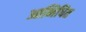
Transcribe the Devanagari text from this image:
आभिषित